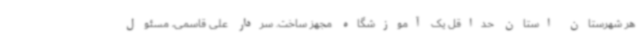
هر شهرستان استان حداقل یک آموزشگاه مجهز ساخت. سردار علی قاسمی، مسئول